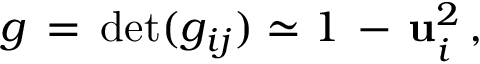
g \, = \, \operatorname * { d e t } ( g _ { i j } ) \simeq 1 \, - \, { \bf u } _ { i } ^ { 2 } \, { , }